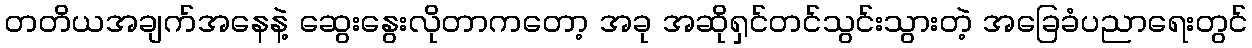
တတိယအချက်အနေနဲ့ ဆွေးနွေးလိုတာကတော့ အခု အဆိုရှင်တင်သွင်းသွားတဲ့ အခြေခံပညာရေးတွင်